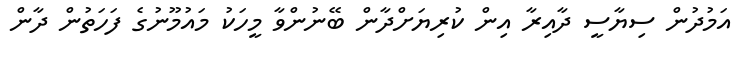
އަމުދުން ސިޔާސީ ދާއިރާ އިން ކުރިޔަށްދާން ބޭނުންވާ މީހަކު މައުމޫނުގެ ފަހަތުން ދާން